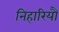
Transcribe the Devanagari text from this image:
निहारियौ